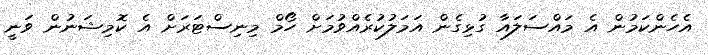
އެހެންކަމުން އެ މައްސަލައާ ގުޅިގެން އަމަލުކުރެއްވުމަށް ހޯމް މިނިސްޓަރަށް އެ ކޮމިޝަނުން ވަނީ